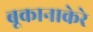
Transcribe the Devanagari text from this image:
बूकानाकेरे